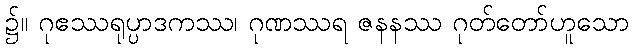
၌။ ဂုဧဿရုပ္ပာဒကဿ၊ ဂုဏဿရ ဇနနဿ ဂုတ်တော်ဟူသော